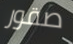
صقور